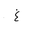
Letter: _gayn